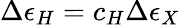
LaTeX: \Delta\epsilon_{H}=c_{H}\Delta\epsilon_{X}